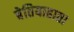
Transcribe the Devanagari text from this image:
बेतियाहाता